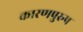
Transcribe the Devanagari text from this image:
कारणपुरुष